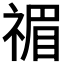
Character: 𥚵